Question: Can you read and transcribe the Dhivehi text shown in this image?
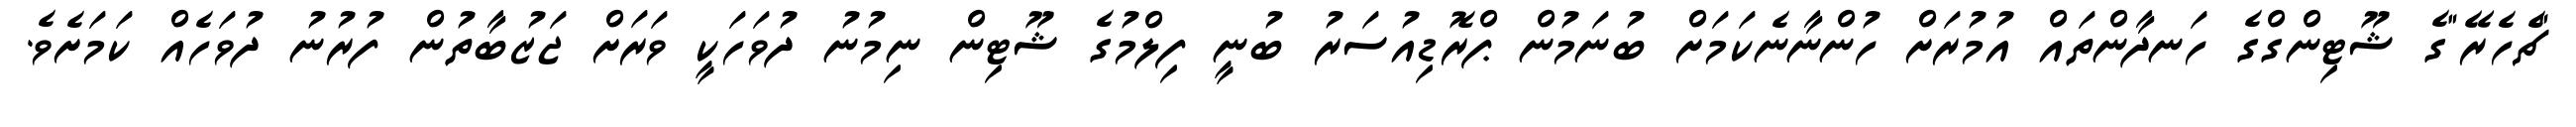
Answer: "ޗެހެރޭ"ގެ ޝޫޓިންގްގެ ހަނދާންތައް އުމުރަށް ހުންނާނެކަމަށް ބުނަމުން ޕްރޮޑިއުސަރު ބުނީ ފިލްމުގެ ޝޫޓިން ނިމުނު ދުވަހަކީ ވަރަށް ޖަޒުބާތުން ފުރުނު ދުވަހެއް ކަމަށެވެ.